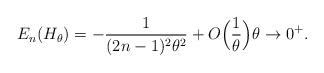
LaTeX: \begin{align*} E_{n}(H_{\theta})=-\frac{1}{(2n-1)^{2}\theta^{2}}+O\Big(\dfrac{1}{\theta}\Big)\theta\rightarrow0^+.\end{align*}